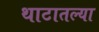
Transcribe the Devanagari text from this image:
थाटातल्या